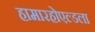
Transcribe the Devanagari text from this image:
हामारहोएल्डला